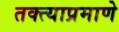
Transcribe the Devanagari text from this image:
तक्त्याप्रमाणे